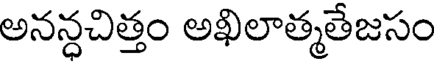
అనన్ధచిత్తం అఖిలాత్మతేజసం